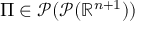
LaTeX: \Pi \in { \mathcal { P } } ( { \mathcal { P } } ( \mathbb { R } ^ { n + 1 } ) )